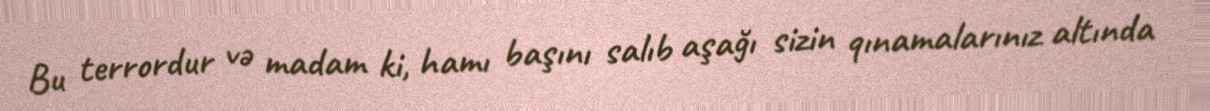
Bu terrordur və madam ki, hamı başını salıb aşağı sizin qınamalarınız altında